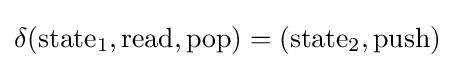
\delta (\mathrm {state} _{1},\mathrm {read} ,\mathrm {pop} )=(\mathrm {state} _{2},\mathrm {push} )